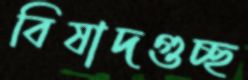
বিষাদগুচ্ছ